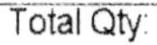
TOTAL QTY: